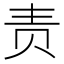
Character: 责